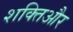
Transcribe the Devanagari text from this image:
शक्तिऔर